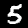
Digit: 5